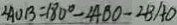
\angle A O B = 1 8 0 ^ { \circ } - \angle A B O - \angle B A D